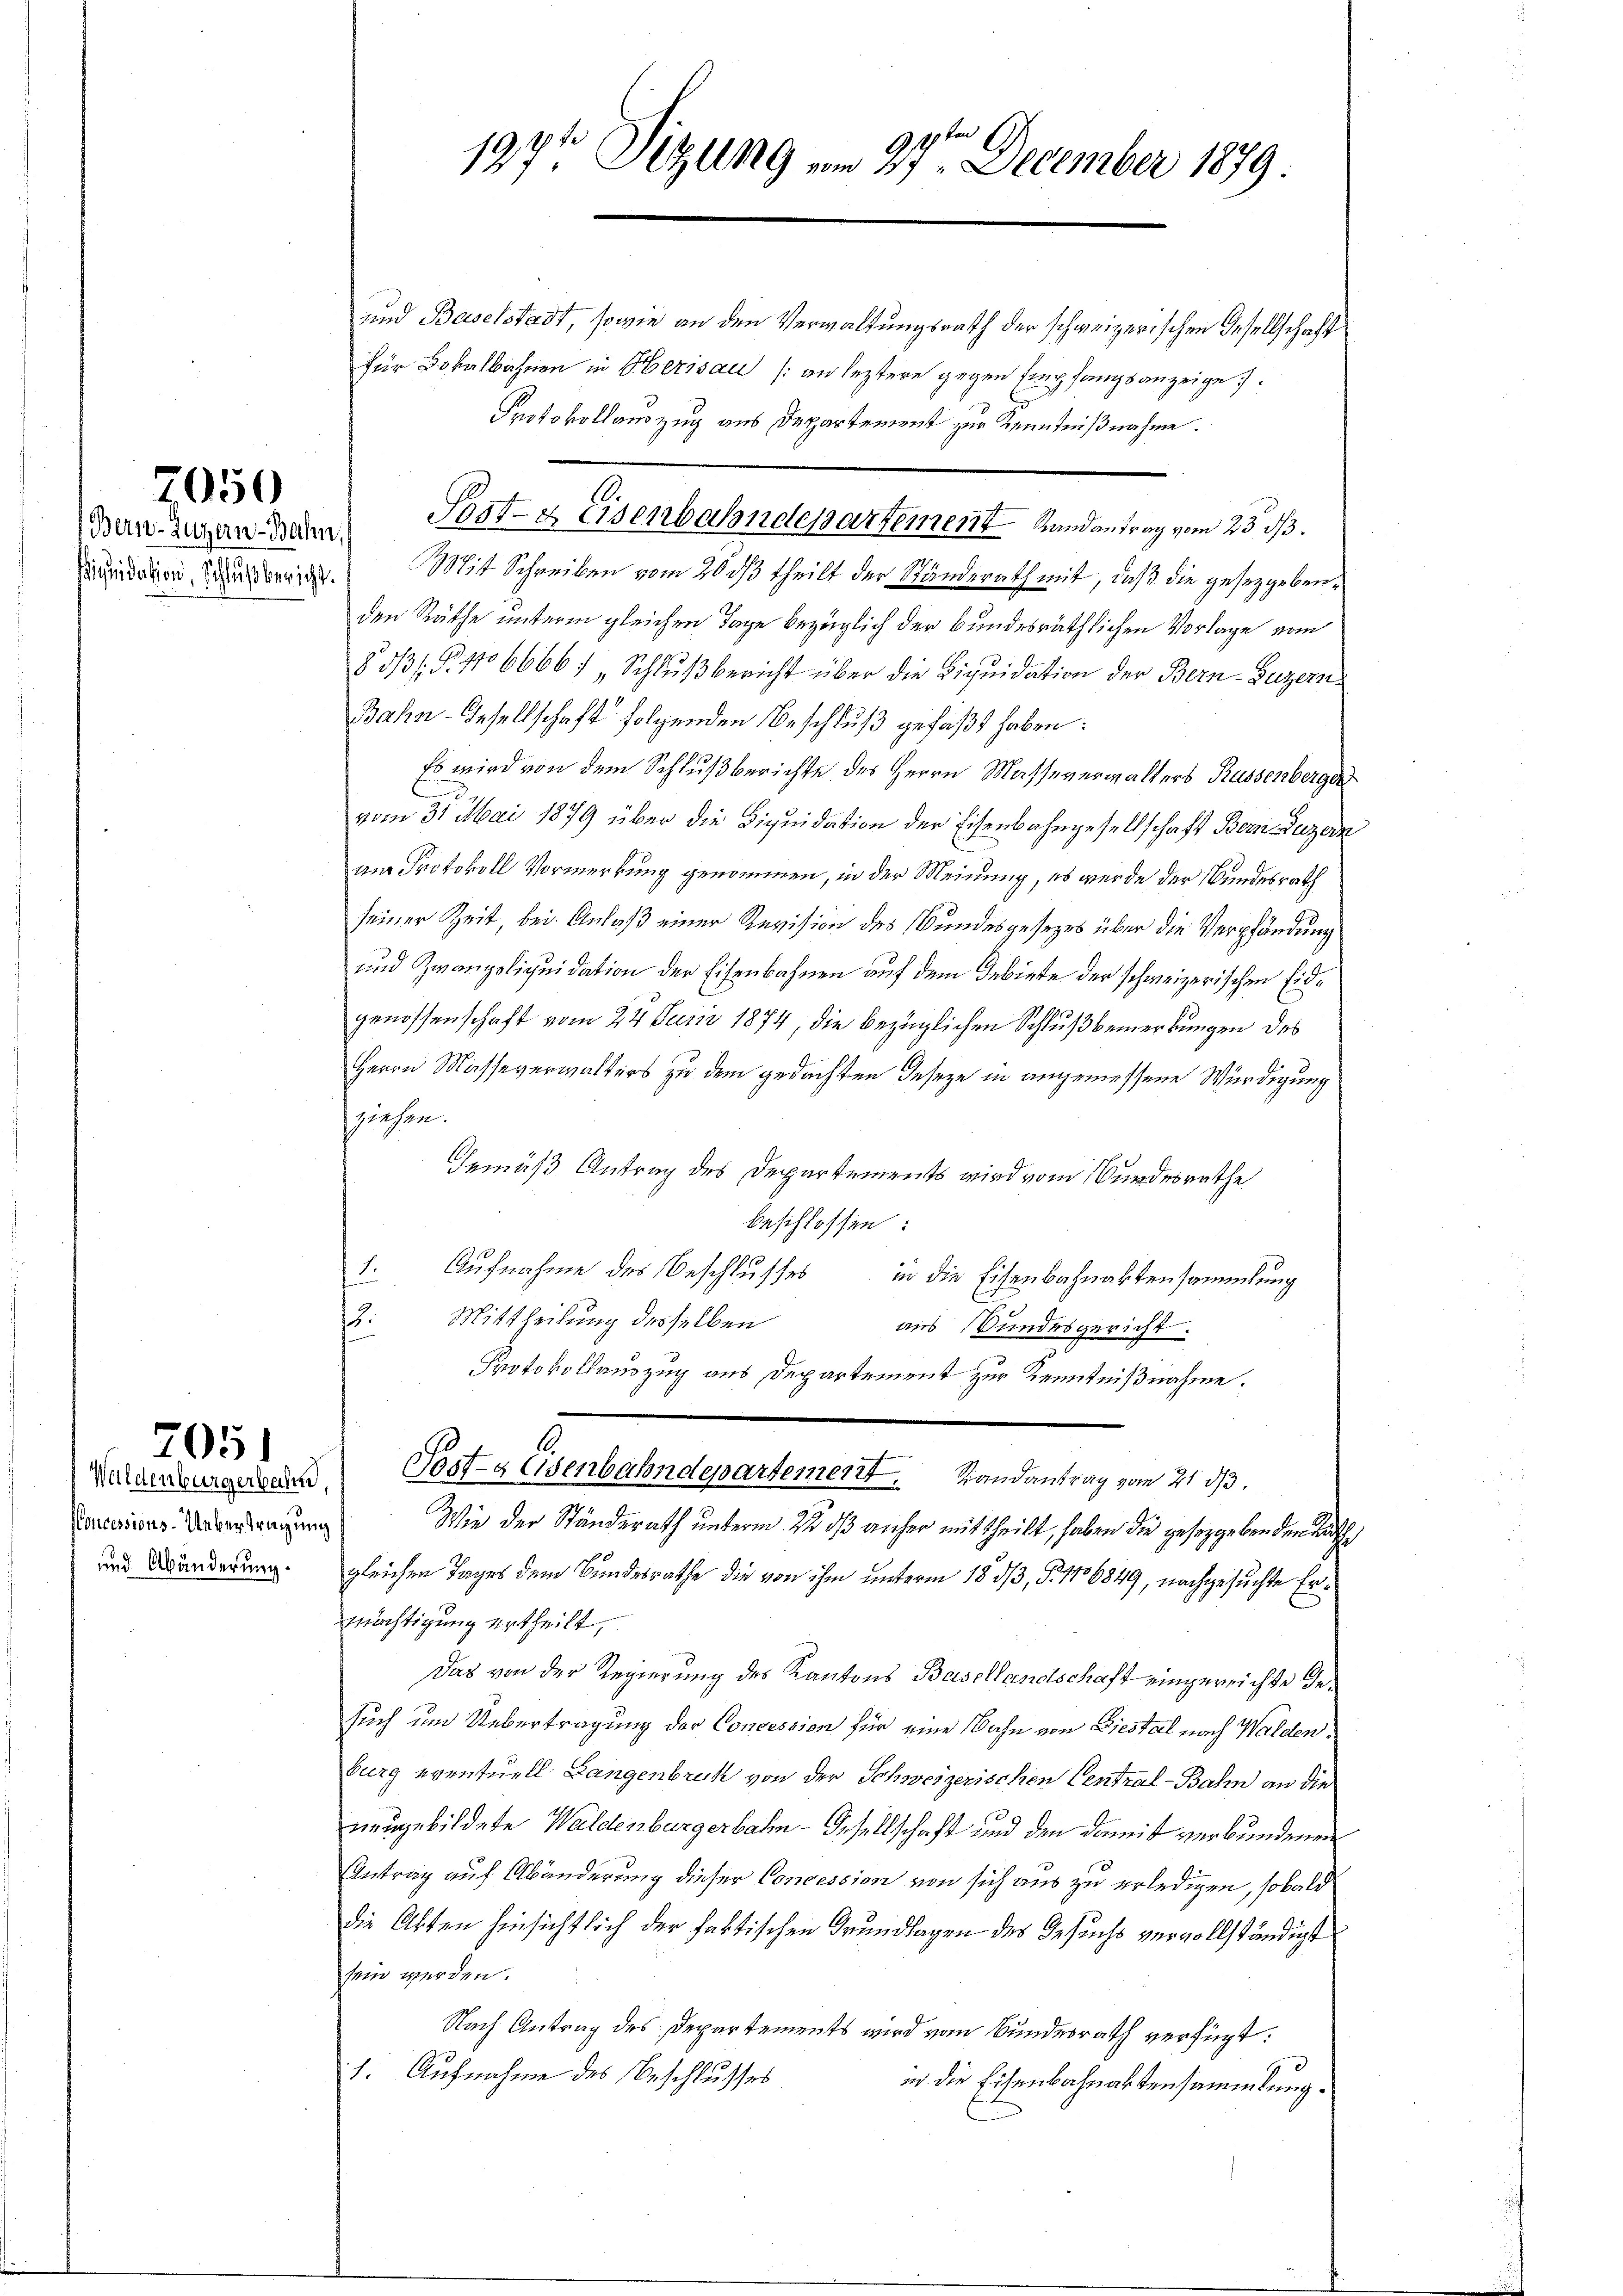
Bern-Zugern-Bahn,

7050

205)

Honcessions-Uebertragung
und Abänderung.

und Baselstadt, sowie an den Verwaltungsrath der schweizerischen Gesellschaft
für Lokalbahnen in Herisau (an leztere gegen Empfangsanzeige.
Protokollauszug aus Departement zur Kenntnißnahme.
Junddien Mutter Mit Schreiben vom 20. ds. theilt der Ständerath mit, daß die gesetzgebenden Räthe unterm gleichen Tage bezüglich der bundesräthlichen Vorlage vom
§ 3/3/ B. 1066667 „Schlußbericht über die Liquidation der Bern-Puzern
Bahn-Gesellschaft folgenden Beschluß gefaßt haben:
Es wird von dem Schlußberichte des Herrn Masseverwalters Russenberge
vom 31. Mai 1879 über die Liquidation der Eisenbahngesellschaft Bern Luzern
am Protokoll Vormerkung genommen, in der Meinung, es wurde der Bundesrath
seiner Zeit, bei Anlaß einer Revision des Bundesgesezes über die Verpfändung
und Zwangsliquidation der Eisenbahnen auf dem Gebiete der schweizerischen Eidgenossenschaft vom 24. Junii 1874, die bezüglichen Schluß bemerkungen des
Herrn Masseverwalters zu dem gedachten Inseze in angemessene Würdigung
sziehen.
Gemäß Antrag des Departements wird vom Wundesrathe
beschlossen:
Aufnahme des Beschlusses in die Eisenbahnaktensammlung
f
2.
Mittheilung desselben
aus Bundesgericht.
Protokollauszug aus Departement zur Kenntnißnahme.
.
Waldenburger Post-g Osenbahndepartement. Randantrag vom 21. d.
Wie der Ständerath unterm 22 dß anher mit theilt, haben die gesetzgeben den Rathe
gleichen Tages dem Bundesrathe die von ihm unterm 18. dβ, §. 116849, nachgesuchte Ermächtigung ertheilt,
Das von der Regierung des Kantons Basellandschaft eingereichte Gesuch um Uebertragung der Concession für eine Bahn von Giestal nach Walden,
burg eventuell Langenbruck von der Schweizerischen Central-Bahn an die
neugebildete Waldenburgerbahn- Gesellschaft und den damit verbundenen
Antrag auf Abänderung dieser Concession von sich aus zu erledigen, sobald
die Akten hinsichtlich der faktischen Grundlagen des Gesuchs vervollständigt
sein werden.
Nach Antrag des Departements wird vom Bundesrath verfügt:
1. Aufnahme des Beschlusses
in die Eisenbahnaktensammlung.

91ten
197 Sizung vom 27. December 1879.

Prst- & Eisenbahndepartement Randantrag vom 23 1/3.